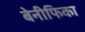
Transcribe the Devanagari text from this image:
बेनीफिका